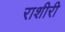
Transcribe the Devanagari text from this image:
राशीरी